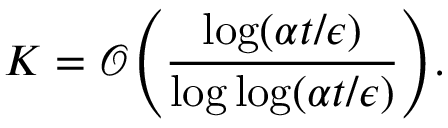
K = \mathcal { O } \Bigg ( \frac { \log ( \alpha t / \epsilon ) } { \log \log ( \alpha t / \epsilon ) } \Bigg ) .